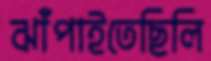
ঝাঁপাইতেছিলি